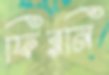
ফিরনি